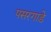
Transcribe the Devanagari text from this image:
पसरगाडे